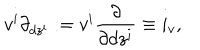
v ^ { i } \partial _ { d z ^ { i } } : = v ^ { i } \frac { \partial } { \partial d z ^ { i } } \equiv i _ { v } ,